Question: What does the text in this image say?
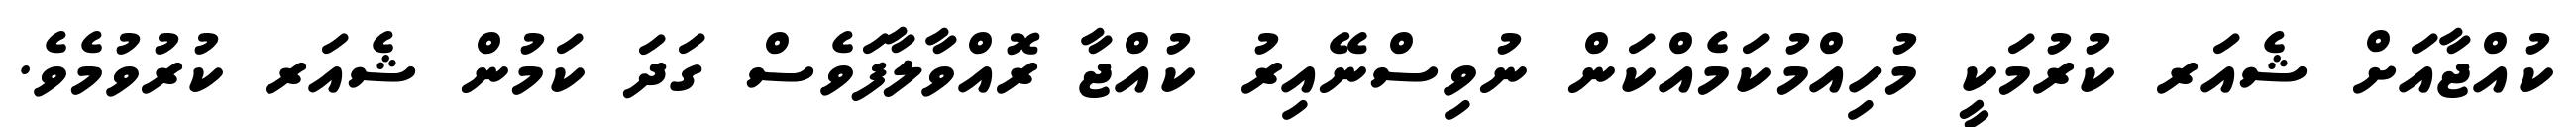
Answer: ކުއްޖާއަށް ޝެއަރ ކުރުމަކީ މުހިއްމުކަމެއްކަން ނުވިސްނޭއިރު ކުއްޖާ ރޮއްވާލާފަވެސް ގަދަ ކަމުން ޝެއަރ ކުރުވުމެވެ.